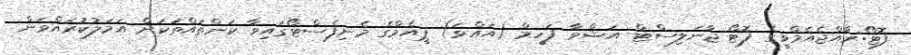
ފޮޓޯ:ރާއްޖެއެމްވީގެ ފޮޓޯ ޖާނަލިސްޓް އަޝްވާ ފަހީމް (އައްވަ) ޕީއެމްގެ މެނިފެސްޓޯގައިވާ ކަންތައްތަކަށް އަމަލުކުރައްވަން